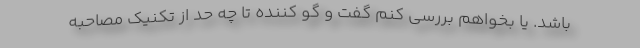
باشد. یا بخواهم بررسی کنم گفت و گو کننده تا چه حد از تکنیک مصاحبه